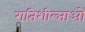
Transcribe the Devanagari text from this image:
गतिशील्ताओं